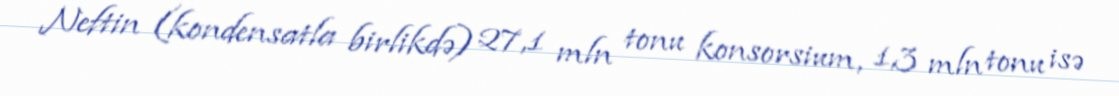
Neftin (kondensatla birlikdə) 27,1 mln tonu konsorsium, 1,3 mln tonu isə